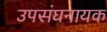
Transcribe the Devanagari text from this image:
उपसंघनायक